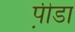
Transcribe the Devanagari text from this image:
प़ीडा